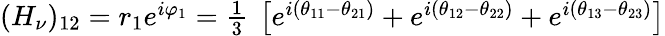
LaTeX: \begin{array}{c}{{(H_{\nu})_{12}=r_{1}e^{i\varphi_{1}}={\frac 13\ }\left[e^{i(\theta_{11}-\theta_{21})}+e^{i(\theta_{12}-\theta_{22})}+e^{i(\theta_{13}-\theta_{23})}\right]}}\end{array}